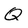
Character: Q